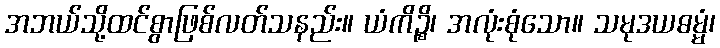
အဘယ်သို့ထင်စွာဖြစ်လတ်သနည်း။ ယံကိဉ္စိ၊ အလုံးစုံသော။ သမုဒယဓမ္မံ၊